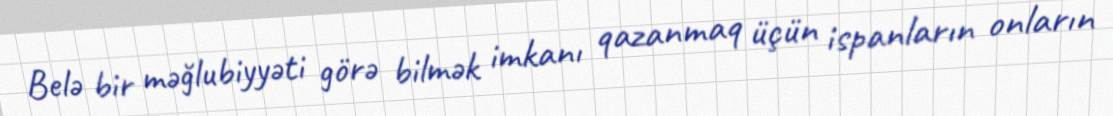
Belə bir məğlubiyyəti görə bilmək imkanı qazanmaq üçün ispanların onların